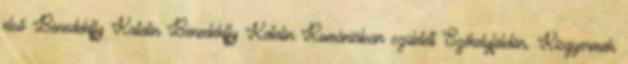
első Benedekffy Katalin Benedekffy Katalin Romániában született Székelyföldön. Kisgyermek